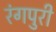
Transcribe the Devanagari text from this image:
रंगपुरी